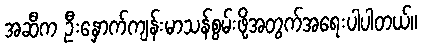
အဆီက ဦးနှောက်ကျန်းမာသန်စွမ်းဖို့အတွက်အရေးပါပါတယ်။